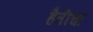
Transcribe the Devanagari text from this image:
हैतीचा